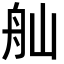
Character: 舢